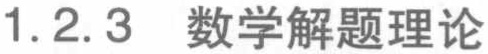
1.2.3 数学解题理论